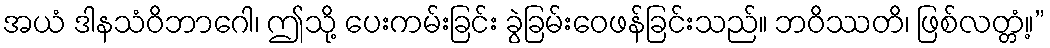
အယံ ဒါနသံဝိဘာဂေါ၊ ဤသို့ ပေးကမ်းခြင်း ခွဲခြမ်းဝေဖန်ခြင်းသည်။ ဘဝိဿတိ၊ ဖြစ်လတ္တံ့။”